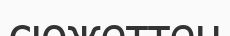
сюжеттен